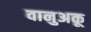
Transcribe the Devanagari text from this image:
वानुअकू